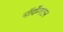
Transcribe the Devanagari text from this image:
नॉर्दॅम्पटन